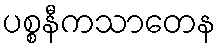
ပစ္စနီကသာတေန